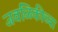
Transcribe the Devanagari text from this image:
जवळिकीच्या